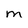
Character: m